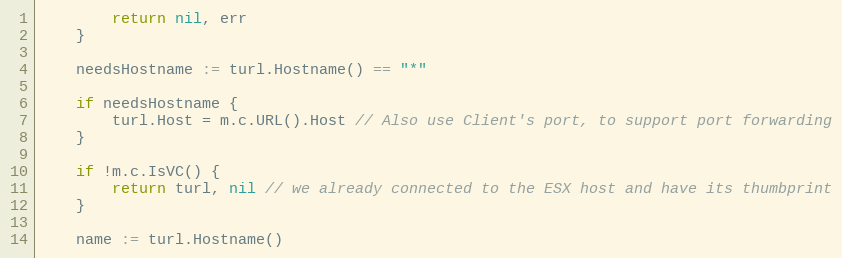
Language: Go
		return nil, err
	}

	needsHostname := turl.Hostname() == "*"

	if needsHostname {
		turl.Host = m.c.URL().Host // Also use Client's port, to support port forwarding
	}

	if !m.c.IsVC() {
		return turl, nil // we already connected to the ESX host and have its thumbprint
	}

	name := turl.Hostname()